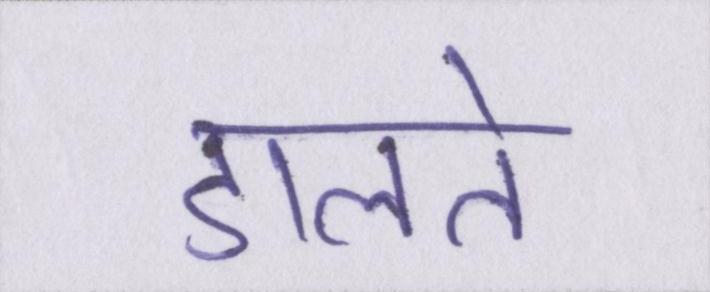
डालते